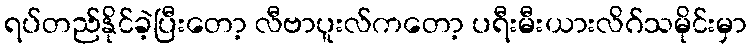
ရပ်တည်နိုင်ခဲ့ပြီးတော့ လီဗာပူးလ်ကတော့ ပရီးမီးယားလိဂ်သမိုင်းမှာ